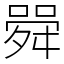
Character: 䑝